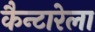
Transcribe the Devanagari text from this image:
कैन्टारेला